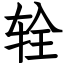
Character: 辁